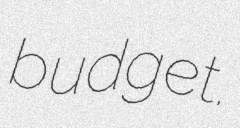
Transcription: budget.